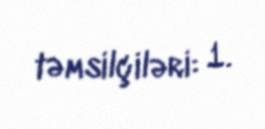
təmsilçiləri: 1.